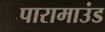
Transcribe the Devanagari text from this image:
पारामाउंड